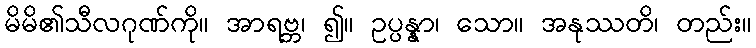
မိမိ၏သီလဂုဏ်ကို။ အာရဗ္ဘ၊ ၍။ ဥပ္ပန္နာ၊ သော။ အနုဿတိ၊ တည်း။